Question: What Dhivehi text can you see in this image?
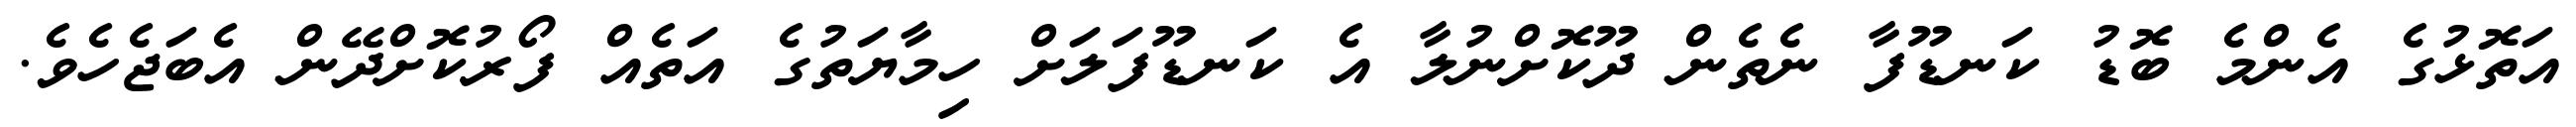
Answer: އަތޮޅުގެ އެންމެ ބޮޑު ކަނޑޫފާ ނެތެން ދޫކޮށްނުލާ އެ ކަނޑޫފަލަށް ހިމާޔަތުގެ އަތެއް ފޯރުކޮށްދޭން އެބަޖެހެވެ.